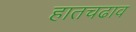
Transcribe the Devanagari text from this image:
हातचढाव